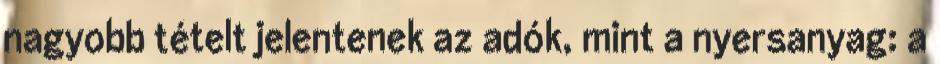
nagyobb tételt jelentenek az adók, mint a nyersanyag: a